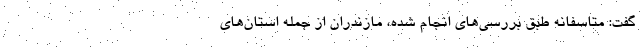
گفت: متاسفانه طبق بررسی‌های انجام شده، مازندران از جمله استان‌های